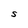
Character: S